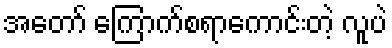
အတော် ကြောက်စရာကောင်းတဲ့ လူပဲ